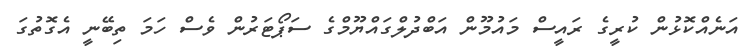
އަނެއްކޮޅުން ކުރީގެ ރައީސް މައުމޫން އަބްދުލްގައްޔޫމްގެ ސަޕޯޓަރުން ވެސް ހަމަ ތިބޭނީ އެގޮތުގަ